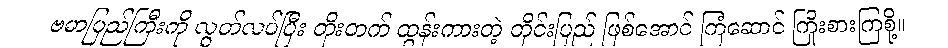
ဗမာပြည်ကြီးကို လွတ်လပ်ပြီး တိုးတက် ထွန်းကားတဲ့ တိုင်းပြည် ဖြစ်အောင် ကြံဆောင် ကြိုးစားကြစို့။